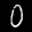
Label: 0